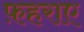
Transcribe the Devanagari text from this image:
फ़हराए